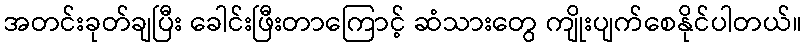
အတင်းခုတ်ချပြီး ခေါင်းဖြီးတာကြောင့် ဆံသားတွေ ကျိုးပျက်စေနိုင်ပါတယ်။